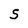
Character: S